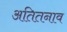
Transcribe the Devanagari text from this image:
अतितनाव